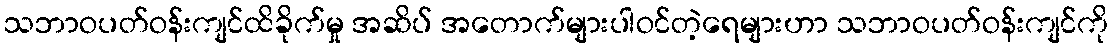
သဘာဝပတ်ဝန်းကျင်ထိခိုက်မှု အဆိပ် အတောက်များပါဝင်တဲ့ရေများဟာ သဘာဝပတ်ဝန်းကျင်ကို